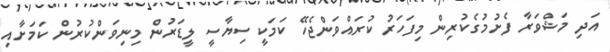
އަދި މަޝްވަރާ ފެށުމުގެކުރިން މިފަހަރު ކުރައްވަންޖެހޭ ކަމަކީ ސިޔާސީ ލީޑަރުން މިނިވަންކުރުން ކަމަށާއި